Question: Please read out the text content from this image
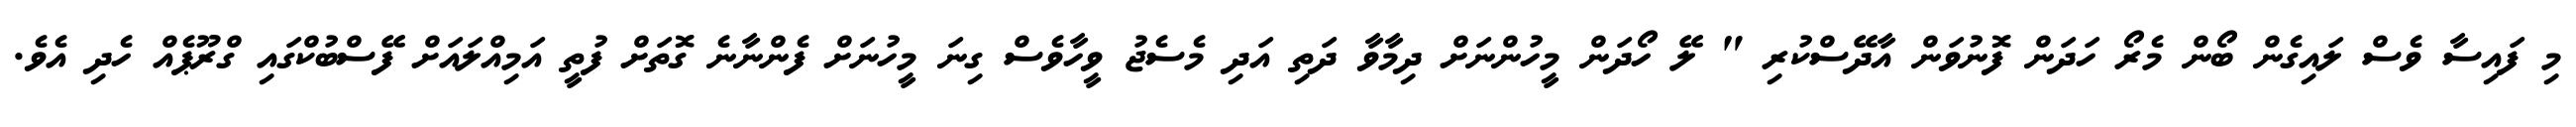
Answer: މި ފައިސާ ވެސް ލައިގެން ބޯން މެރޯ ހަދަން ފޮނުވަން އާދޭސްކުރި " ލޭ ހޯދަން މީހުންނަށް ދިމާވާ ދަތި އަދި މެސެޖު ވީހާވެސް ގިނަ މީހުނަށް ފެންނާނެ ގޮތަށް ފުތީ އަމިއްލައަށް ފޭސްބުކްގައި ގްރޫޕެއް ހެދި އެވެ.